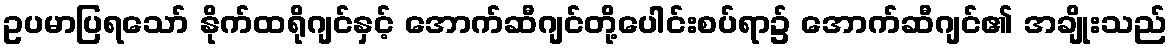
ဥပမာပြရသော် နိုက်ထရိုဂျင်နှင့် အောက်ဆီဂျင်တို့ပေါင်းစပ်ရာ၌ အောက်ဆီဂျင်၏ အချိုးသည်